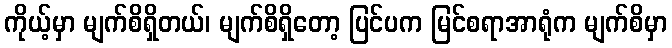
ကိုယ့်မှာ မျက်စိရှိတယ်၊ မျက်စိရှိတော့ ပြင်ပက မြင်စရာအာရုံက မျက်စိမှာ